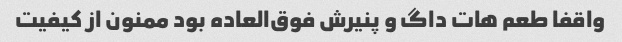
واقفا طعم هات داگ و پنیرش فوق‌العاده بود ممنون از کیفیت